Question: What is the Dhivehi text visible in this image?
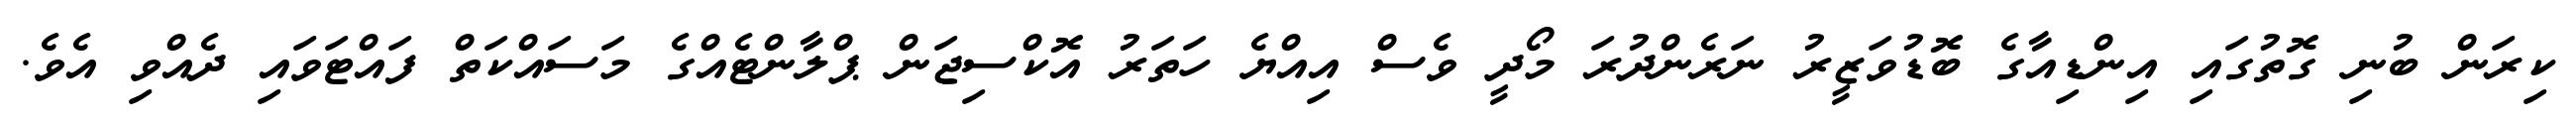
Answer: ކިރަން ބުނި ގޮތުގައި އިންޑިއާގެ ބޮޑުވަޒީރު ނަރެންދުރަ މޯދީ ވެސް އިއްޔެ ހަތަރު އޮކްސިޖަން ޕްލާންޓެއްގެ މަސައްކަތް ފައްޓަވައި ދެއްވި އެވެ.